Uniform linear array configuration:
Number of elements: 8
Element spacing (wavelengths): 0.5
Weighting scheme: blackman
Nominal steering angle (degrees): -60
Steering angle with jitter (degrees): -58.655
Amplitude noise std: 0.05
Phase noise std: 0.05

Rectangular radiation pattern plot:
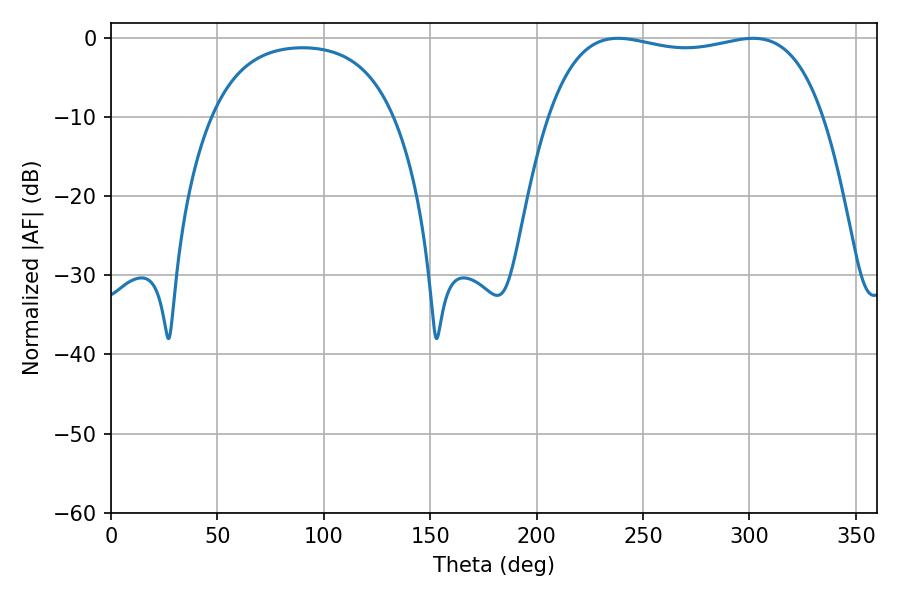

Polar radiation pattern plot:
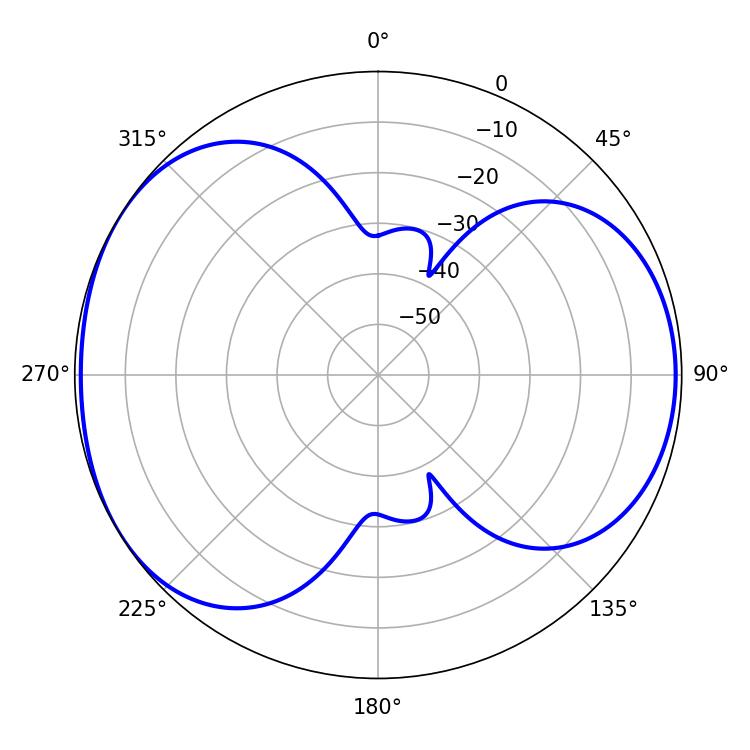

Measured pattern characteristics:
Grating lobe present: FALSE
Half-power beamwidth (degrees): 104.04
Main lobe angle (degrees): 238.32